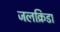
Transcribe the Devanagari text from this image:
जलक्रिडा